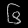
Digit: ၆